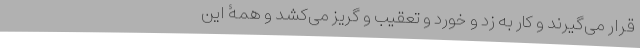
قرار می‌گیرند و کار به زد و خورد و تعقیب و گریز می‌کشد و همۀ این‌